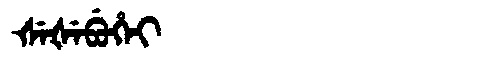
Manchu: ᡧᡝᡧᡝᠪᡠᡥᡝᡳ
Romanization: ŠEŠEBUHEI